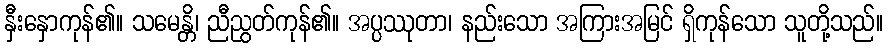
နှီးနှောကုန်၏။ သမေန္တိ၊ ညီညွတ်ကုန်၏။ အပ္ပဿုတာ၊ နည်းသော အကြားအမြင် ရှိကုန်သော သူတို့သည်။